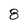
Character: 8